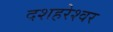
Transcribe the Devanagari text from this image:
दशहरेश्वर